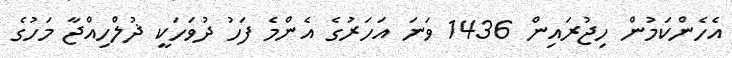
އެހެންކަމުން ހިޖުރައިން 1436 ވަނަ އަހަރުގެ އެންމެ ފަހު ދުވަހަކީ ޛުލްހިއްޖާ މަހުގެ